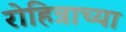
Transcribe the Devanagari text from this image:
रोहित्राच्या